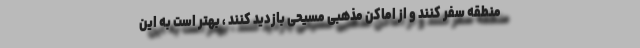
منطقه سفر کنند و از اماکن مذهبی مسیحی بازدید کنند ، بهتر است به این